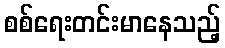
စစ်ရေးတင်းမာနေသည့်